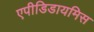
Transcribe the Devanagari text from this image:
एपीडिडायमिस